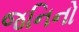
જનિનો